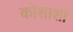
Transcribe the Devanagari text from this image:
कोशाशीं